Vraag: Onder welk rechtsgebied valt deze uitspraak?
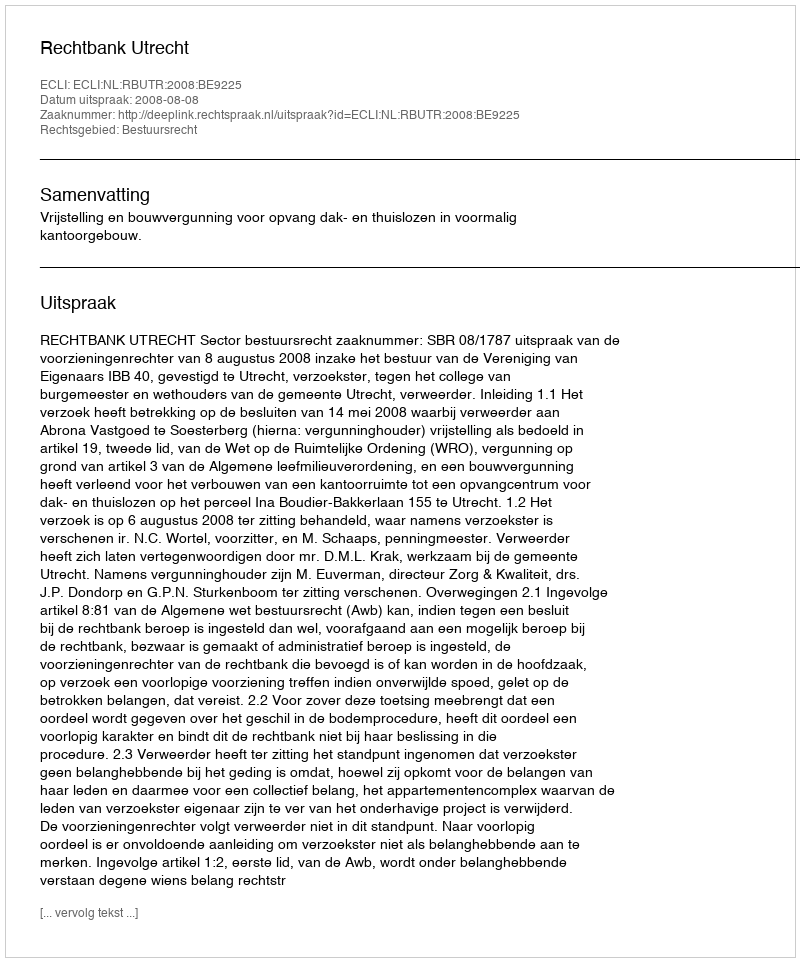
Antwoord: Bestuursrecht